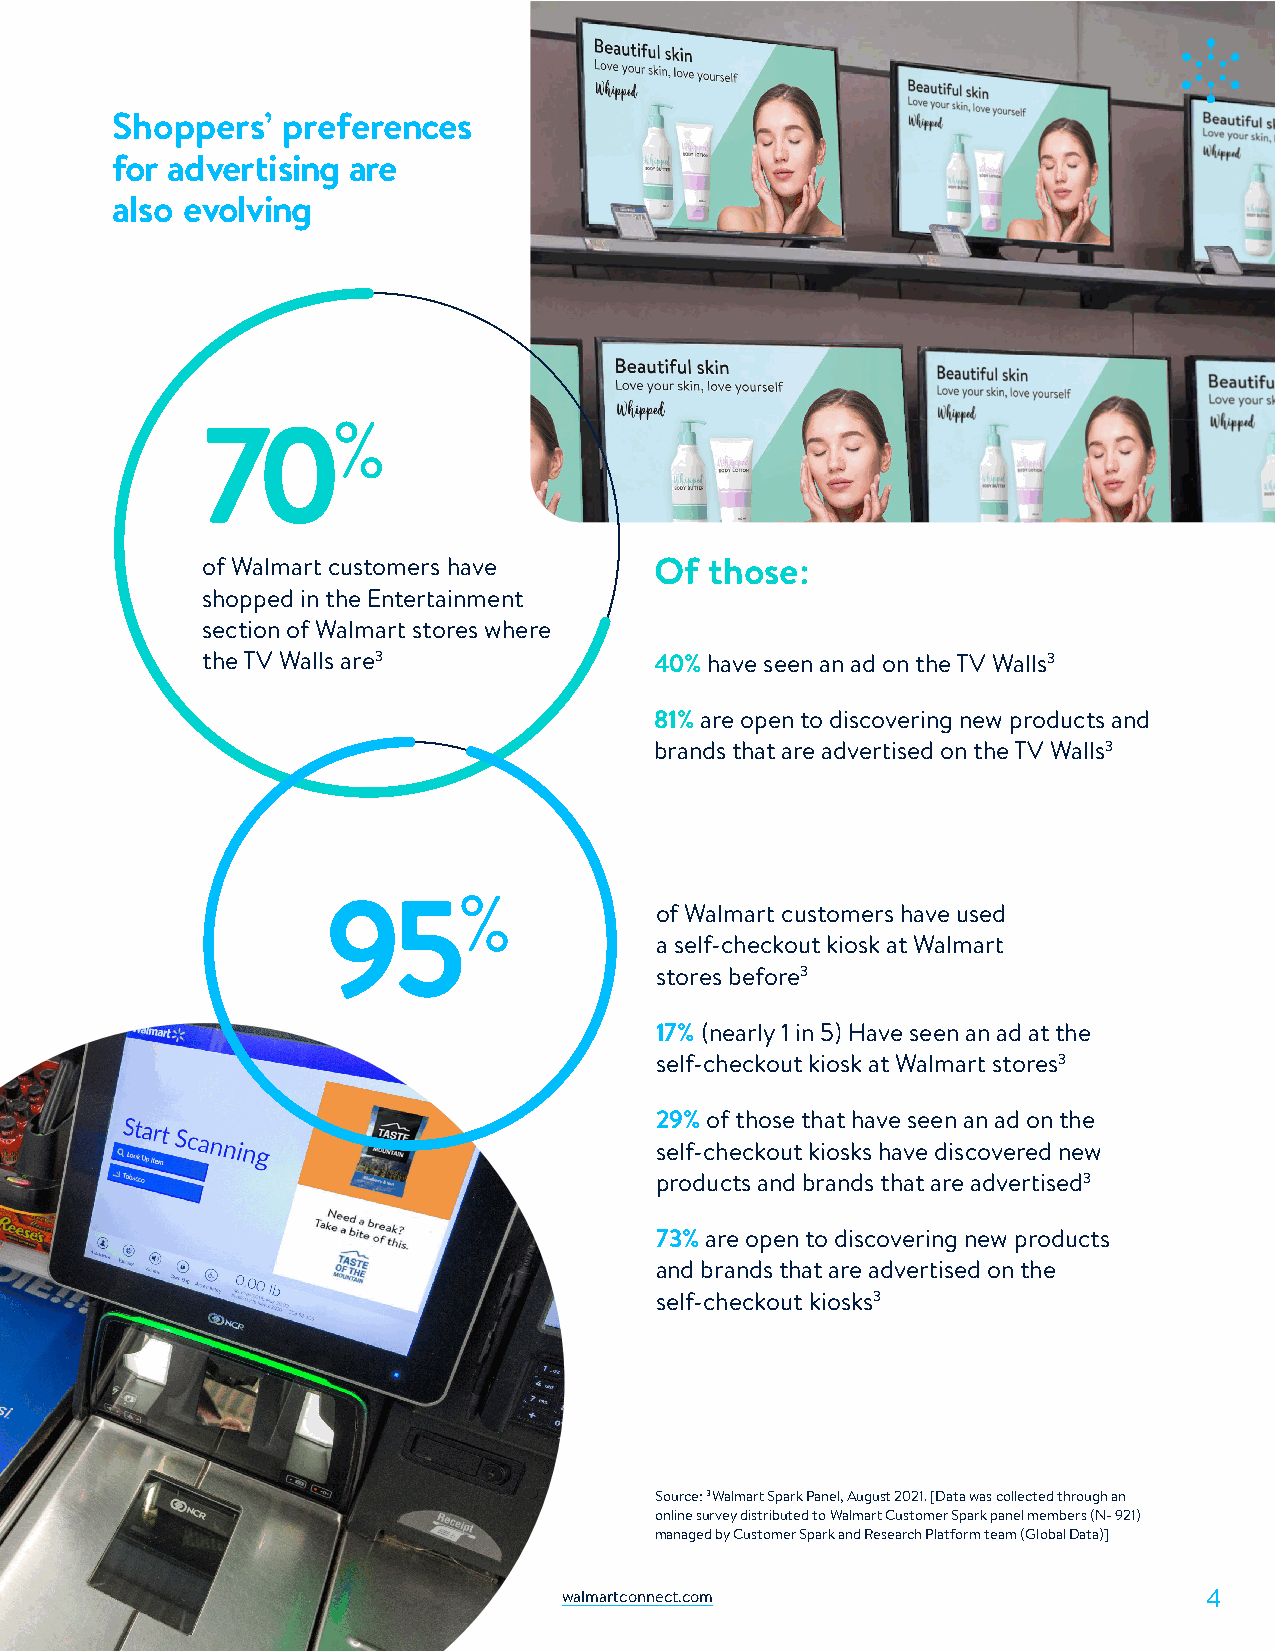
Shoppers’   preferences
 for advertising are
 also evolving
 %
 70
 of Walmart customers have     Of  those:
 shopped in the Entertainment
 section of Walmart stores where
 the TV Walls are3             40% have seen an ad on the TV Walls3
 81% are open to discovering new products and
 brands that are advertised on the TV Walls3
 %
 95                   of Walmart customers have used
 a self-checkout kiosk at Walmart
 stores before3
 17% (nearly 1 in 5) Have seen an ad at the
 self-checkout kiosk at Walmart stores3
 29% of those that have seen an ad on the
 self-checkout kiosks have discovered new
 products and brands that are advertised3
 73% are open to discovering new products
 and brands that are advertised on the
 self-checkout kiosks3
 Source: 3Walmart Spark Panel, August 2021. [Data was collected through an
 online survey distributed to Walmart Customer Spark panel members (N- 921)
 managed by Customer Spark and Research Platform team (Global Data)]
 walmartconnect.com                         4